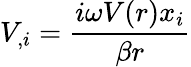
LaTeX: V_{,i}=\frac{i\omega V(r)x_{i}}{\beta r}